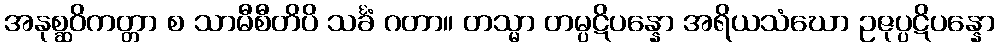
အနုစ္ဆဝိကတ္တာ စ သာမီစီတိပိ သင်္ခံ ဂတာ။ တသ္မာ တမ္ပဋိပန္နော အရိယသံဃော ဥဇုပ္ပဋိပန္နော